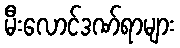
မီးလောင်ဒဏ်ရာများ